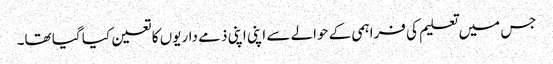
جس میں تعلیم کی فراہمی کے حوالے سے اپنی اپنی ذمے داریوں کا تعین کیا گیا تھا۔